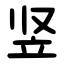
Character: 竖